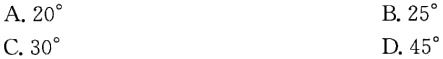
A. \(20^{\circ}\)

B. \(25^{\circ}\)

C. \(30^{\circ}\)

D. \(45^{\circ}\)